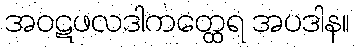
အဝဋဖလဒါကတ္ထေရ အပဒါန။